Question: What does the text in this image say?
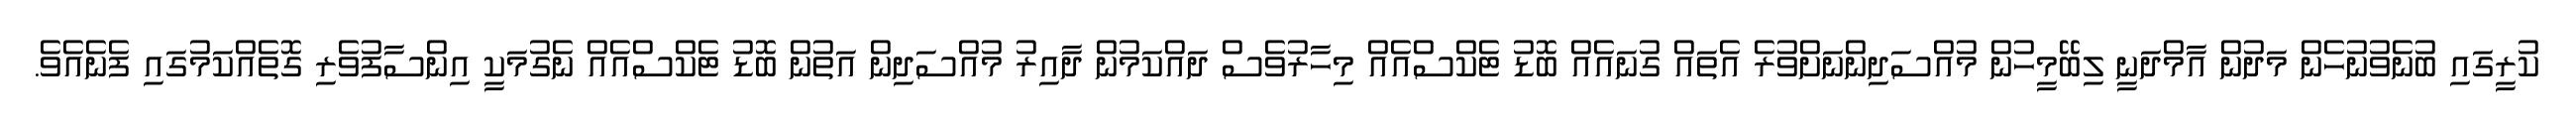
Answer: ކުރީގައި ބުނެވުނުހެން މަދުން އާމްދަނީ ލިބޭމީހުން މުއްސަދިންނަށްވުރެ އެތައް ގުނައެއް ބޮޑު ޓެކްސްއެއް މިހާރުވެސް ދައްކަމުން ދާއިރު މުއްސަދިން އަތުން ބޮޑު ޓެކްސްއެއް ނެގުމަކީ އިންސާފުވެރި ގޮތެއްކަމުގައި ފެނެއެވެ.